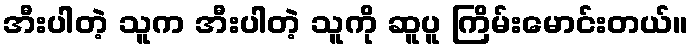
အီးပါတဲ့ သူက အီးပါတဲ့ သူကို ဆူပူ ကြိမ်းမောင်းတယ်။